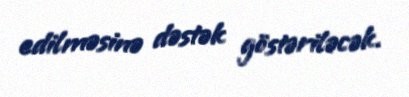
edilməsinə dəstək göstəriləcək.